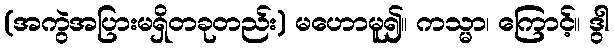
(အကွဲအပြားမရှိတခုတည်း) မဟောမူ၍။ ကသ္မာ၊ ကြောင့်။ ဒွါ